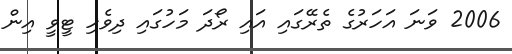
2006 ވަނަ އަހަރުގެ ތެރޭގައި އައި ރޯދަ މަހުގައި ދިވެހި ޓީވީ އިން